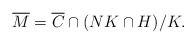
\begin{align*}\overline{M} = \overline{C} \cap (NK \cap H)/K.\end{align*}